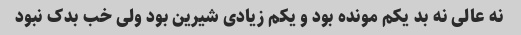
نه عالی نه بد یکم مونده بود و یکم زیادی شیرین بود ولی خب بدک نبود